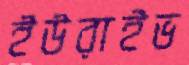
ইউরাইভ